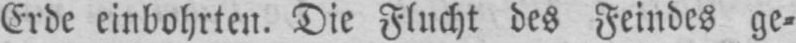
Erde einbohrten. Die Flucht des Feindes ge⸗